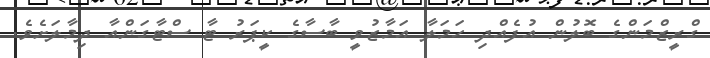
ގްރީޒްމަންގެ ބޮލުން އުފެއްދި ހަމަލާ އަމާޒުވީ ބާސާގެ ކީޕަރު ޓާ ސްޓާގަންއާ ދިމާލަށެވެ.